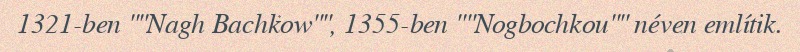
1321-ben ""Nagh Bachkow"", 1355-ben ""Nogbochkou"" néven említik.